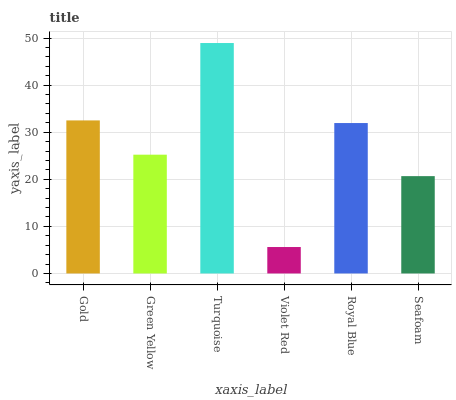
| xaxis_label | bars |
 | --- | --- |
 | Gold | 32.5 |
 | Green Yellow | 25.2 |
 | Turquoise | 48.9 |
 | Violet Red | 5.62 |
 | Royal Blue | 32 |
 | Seafoam | 20.7 |